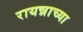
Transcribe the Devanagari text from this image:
रायन्नाच्या